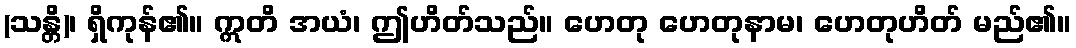
(သန္တိ)၊ ရှိကုန်၏။ ဣတိ အယံ၊ ဤဟိတ်သည်။ ဟေတု ဟေတုနာမ၊ ဟေတုဟိတ် မည်၏။